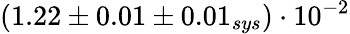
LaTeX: (1.22\pm 0.01\pm 0.01_{sys})\cdot 10^{-2}